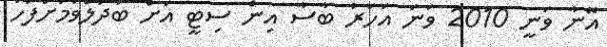
އޭނާ ވަނީ 2010 ވަނަ އަހަރު ބާސާ އިން ސިޓީ އަށް ބަދަލުވުމަށްފަހު